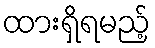
ထားရှိရမည့်